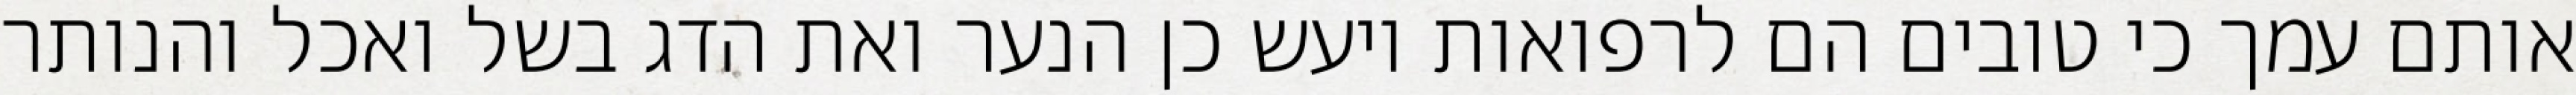
אותם עמך כי טובים הם לרפואות ויעש כן הנער ואת הדג בשל ואכל והנותר